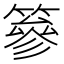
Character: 篸